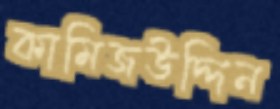
কামিজউদ্দিন